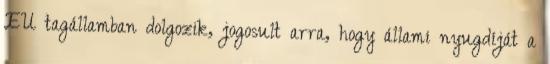
EU tagállamban dolgozik, jogosult arra, hogy állami nyugdíját a